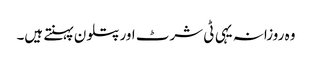
وہ روزانہ یہی ٹی شرٹ اور پتلون پہنتے ہیں۔